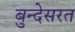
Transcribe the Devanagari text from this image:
बुन्देसरत